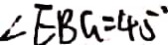
\angle E B G = 4 5 ^ { \circ }